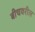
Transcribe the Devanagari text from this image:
बीचवरील